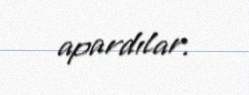
apardılar.